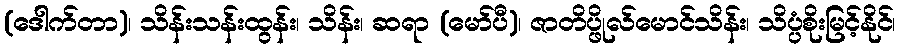
(ဒေါက်တာ)၊ သိန်းသန်းထွန်း၊ သိန်း၊ ဆရာ (မော်ပီ)၊ ဇာတိပ္ဖိုလ်မောင်သိန်း၊ သိပ္ပံစိုးမြင့်နိုင်၊